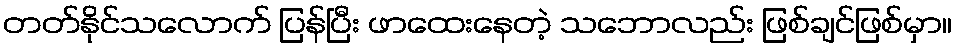
တတ်နိုင်သလောက် ပြန်ပြီး ဖာထေးနေတဲ့ သဘောလည်း ဖြစ်ချင်ဖြစ်မှာ။